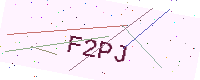
Text: F2PJ